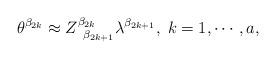
LaTeX: \begin{align*}\theta ^{\beta _{2k}}\approx Z_{\;\;\beta _{2k+1}}^{\beta_{2k}}\lambda ^{\beta _{2k+1}},\;k=1,\cdots ,a,\end{align*}